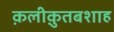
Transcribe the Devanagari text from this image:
क़लीक़ुतबशाह